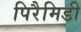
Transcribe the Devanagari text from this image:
पिरैमिडी